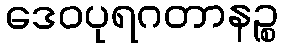
ဒေဝပုရဂတာနဉ္စ